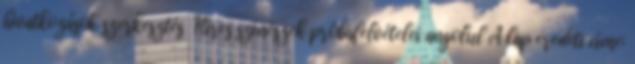
hivatkozások szerkesztés Híres színészek próbafelvételei angolul A lap eredeti címe: